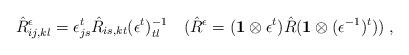
LaTeX: \begin{align*}\hat{R}_{ij,kl}^{\epsilon} = \epsilon^{t}_{js} \hat{R}_{is,kt}(\epsilon^{t})^{-1}_{tl} \quad (\hat{R}^{\epsilon} = ({\bf 1}\otimes \epsilon^{t})\hat{R} ({\bf 1} \otimes (\epsilon^{-1})^{t}))\;,\end{align*}